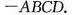
-ABCD。